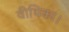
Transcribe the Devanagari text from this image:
वीथिका।